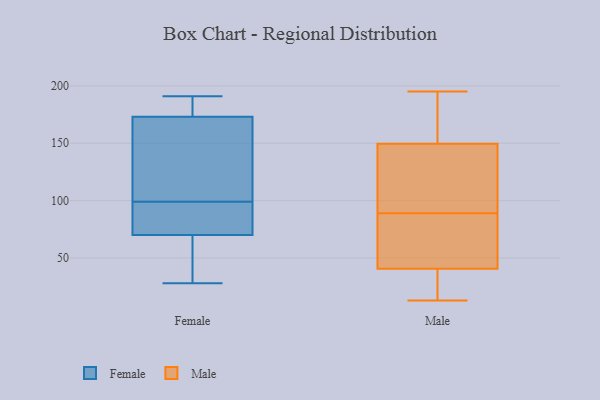
{"axis": {"x": "Gross Profit (USD K)", "y": "Value"}, "legend": ["Female", "Male"], "data": [{"x": "", "y": 91, "type": "Female"}, {"x": "", "y": 153, "type": "Female"}, {"x": "", "y": 175, "type": "Female"}, {"x": "", "y": 134, "type": "Female"}, {"x": "", "y": 154, "type": "Female"}, {"x": "", "y": 191, "type": "Female"}, {"x": "", "y": 107, "type": "Female"}, {"x": "", "y": 72, "type": "Female"}, {"x": "", "y": 83, "type": "Female"}, {"x": "", "y": 173, "type": "Female"}, {"x": "", "y": 175, "type": "Female"}, {"x": "", "y": 183, "type": "Female"}, {"x": "", "y": 64, "type": "Female"}, {"x": "", "y": 28, "type": "Female"}, {"x": "", "y": 43, "type": "Female"}, {"x": "", "y": 48, "type": "Female"}, {"x": "", "y": 70, "type": "Female"}, {"x": "", "y": 82, "type": "Female"}, {"x": "", "y": 13, "type": "Male"}, {"x": "", "y": 75, "type": "Male"}, {"x": "", "y": 156, "type": "Male"}, {"x": "", "y": 17, "type": "Male"}, {"x": "", "y": 35, "type": "Male"}, {"x": "", "y": 113, "type": "Male"}, {"x": "", "y": 16, "type": "Male"}, {"x": "", "y": 130, "type": "Male"}, {"x": "", "y": 195, "type": "Male"}, {"x": "", "y": 153, "type": "Male"}, {"x": "", "y": 189, "type": "Male"}, {"x": "", "y": 146, "type": "Male"}, {"x": "", "y": 61, "type": "Male"}, {"x": "", "y": 117, "type": "Male"}, {"x": "", "y": 46, "type": "Male"}, {"x": "", "y": 158, "type": "Male"}, {"x": "", "y": 21, "type": "Male"}, {"x": "", "y": 103, "type": "Male"}, {"x": "", "y": 56, "type": "Male"}, {"x": "", "y": 66, "type": "Male"}]}